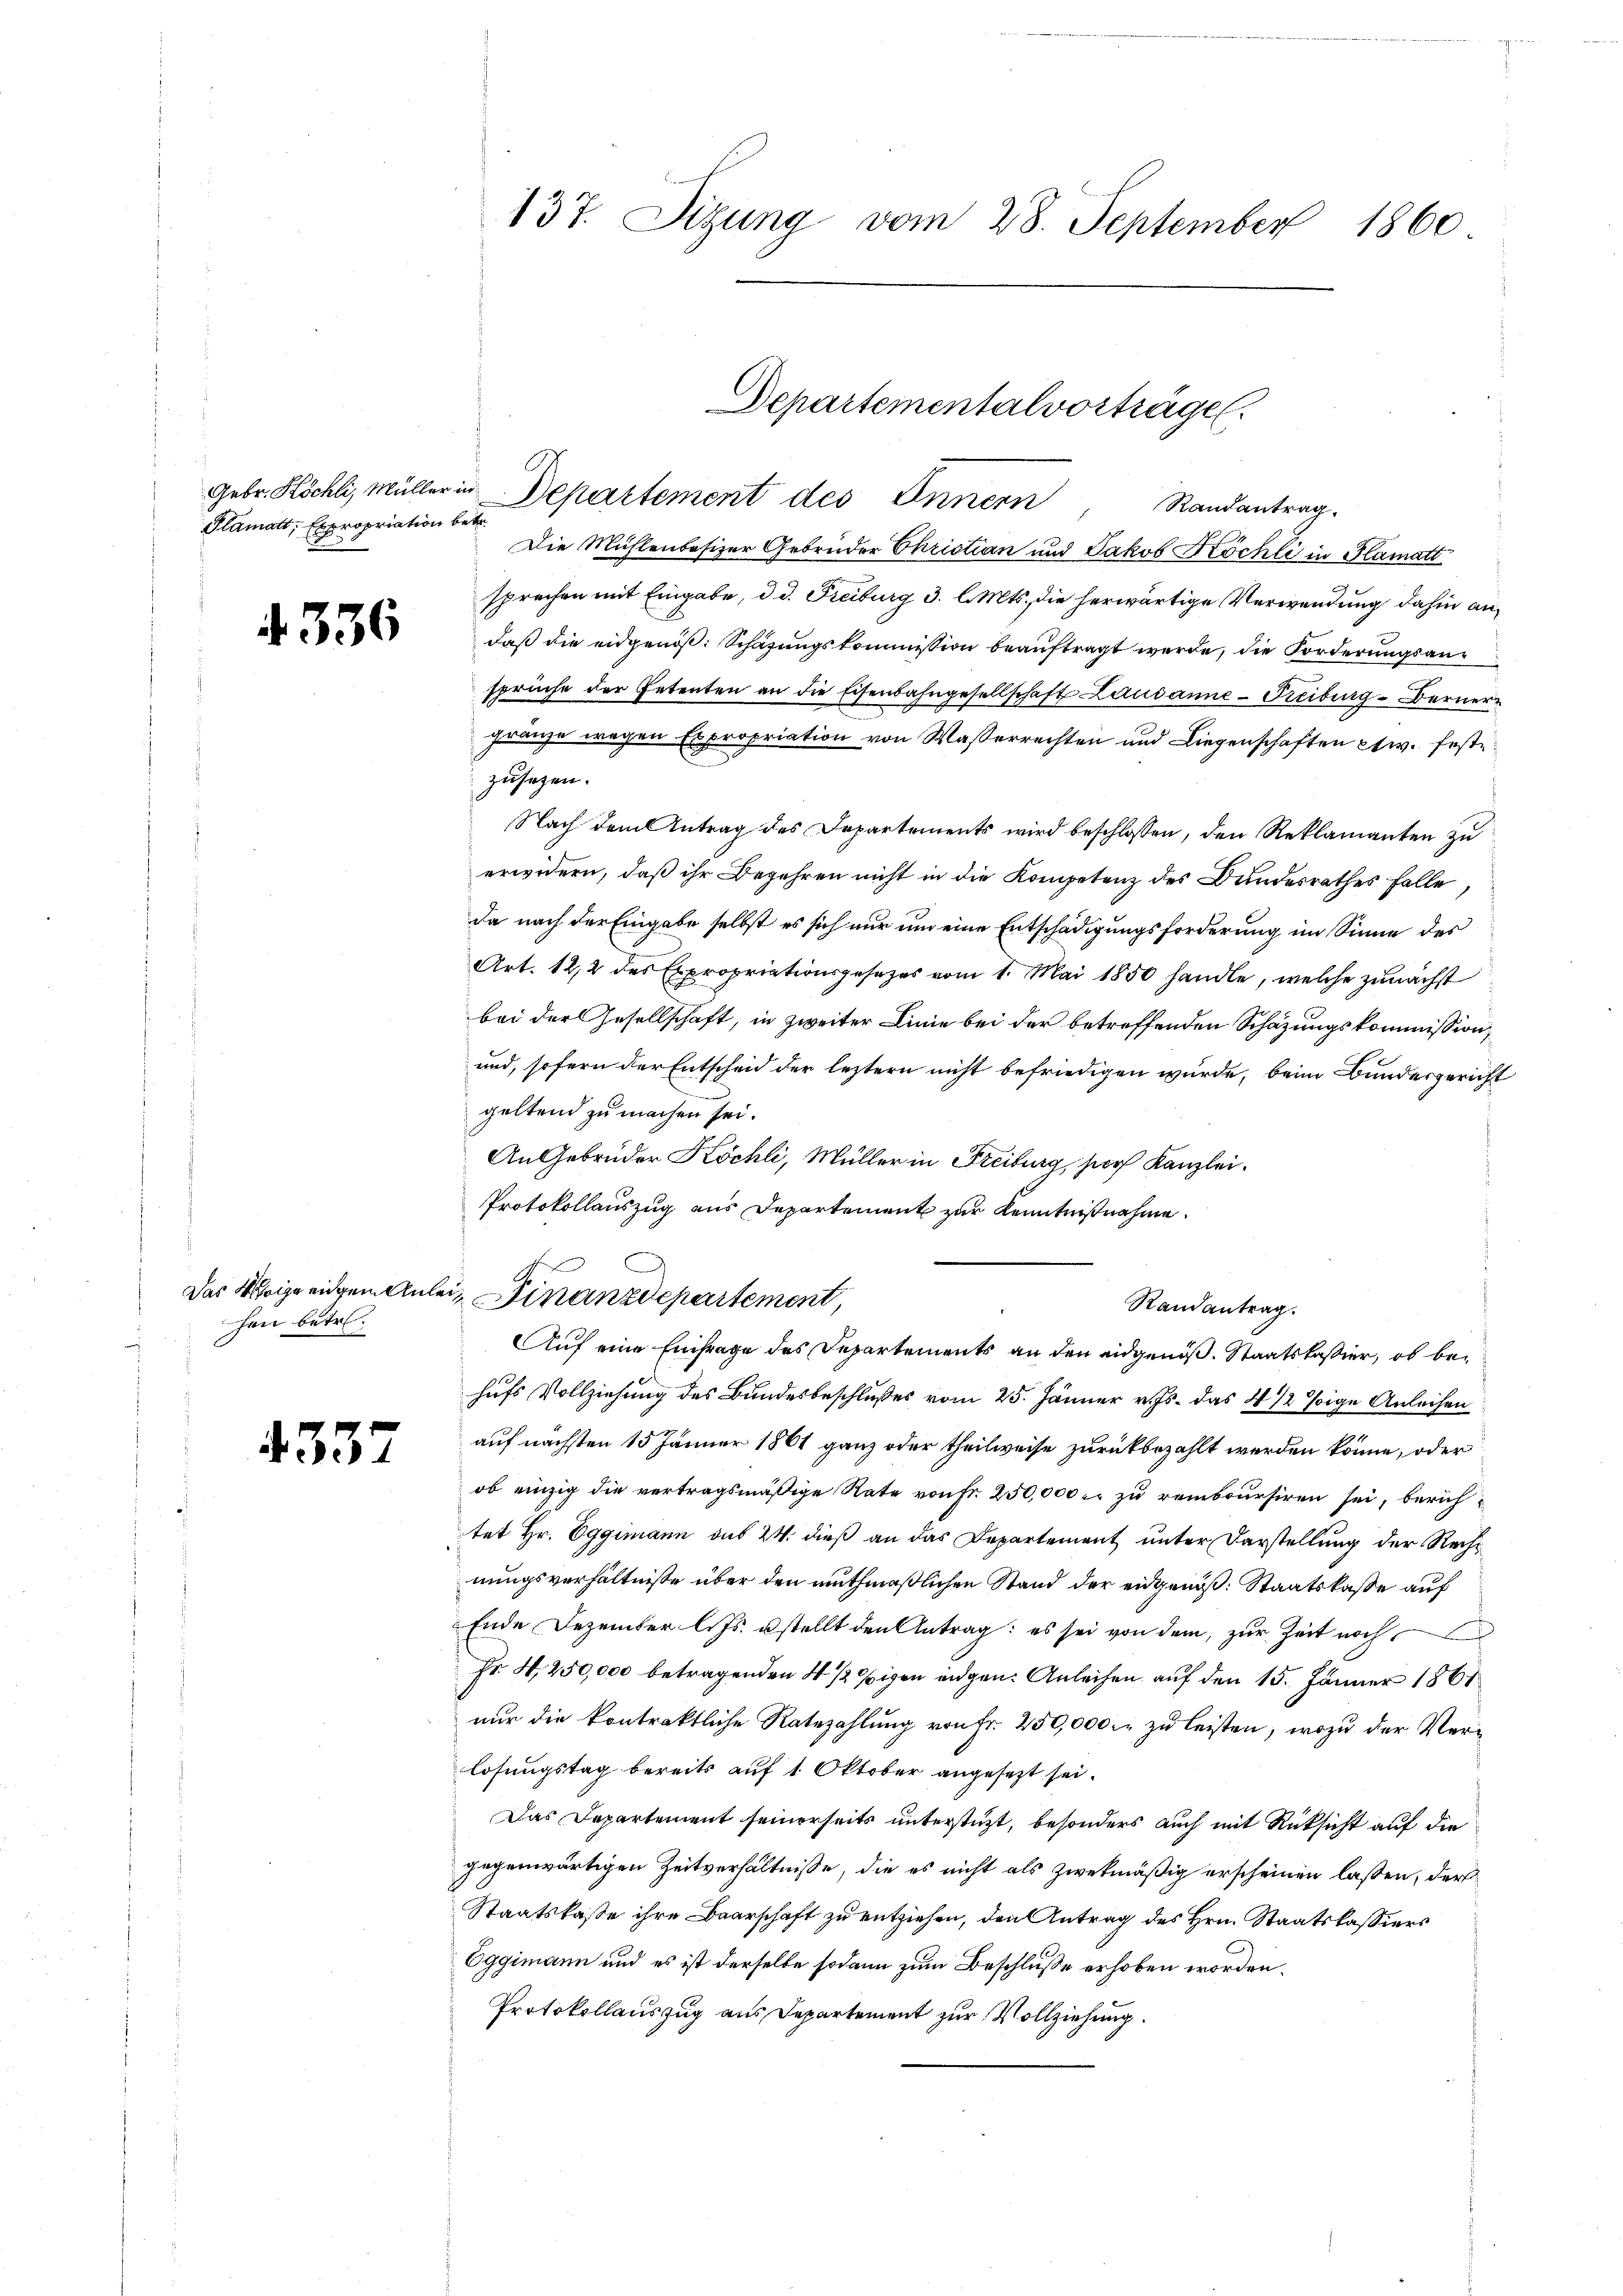
Plamatt, Expropriation betr.

4336

hen betr.

4337

Gebr. Köchli, Müller in Departement des Innern
Randantrag.
Die Mühlenbesizer Gebrüder Christian und Jakob Köchli in Plamatt
sprechen mit Eingabe, d. d. Freiburg 3. l. Mts. die herwärtige Verwendung dahin andaß die eidgenöß: Schazungskommission beauftragt werde, die Forderungsansprüche der Petenten an die Eisenbahngesellschaft Lausanne - Freiburg - Berner
gränze wegen Expropriation von Wasserrechten und Liegenschaften etw. feste
zusezen.
Nach dem Antrag des Departements wird beschlossen, den Reklamanten zu
erwidern, daß ihr Begehren nicht in die Kompetenz des Bundesrathes falle
da nach der Eingabe selbst es sich nur um eine Entschädigungsforderung im Sinne des
Art. 122 des Expropriationsgesetzes vom 1. Mai 1850 handle, welche zunächst
bei der Gesellschaft, in zweiter Linie bei der betreffenden Schazungskommission,
und, sofern der Entscheid der leztern nicht befriedigen wurde, beim Bundesgericht
geltend zu machen sei.
An Gebrüder Köchli, Müller in Freiburg, sors Kanzlei.
Protokollauszug aus Departement zur Kenntnißnahme.
Das Weige eigen Anlein Finanzdepartement,
Randantrag.
Auf eine Einfrage des Departements an den eidgenöß. Staatskassier, ob behufs Vollziehung des Bundesbeschlußes vom 25. Jänner v. Js. das 4 1/2 sige Anleihen
auf nächsten 15 Jänner 1861 ganz oder theilweise zurückbezahlt werden könne, oder
ob einzig die vertragsmäßige Rate von Fr. 250,000 u. zu remboursiren sei, berichtet Hr. Eggimann aus 24. dieß an das Departement unter Darstellung der Rechnungsverhältnisse über den muthmaßlichen Stand der eidgenöß: Staatskasse auf
Ende Dezember l. Js. stellt den Antrag: es sei von dem, zŭr Zeit noch
Fr. 4. 250,000 betragenden 4 1/2 Eigen eidgen. Anleihen auf den 15. Jänner 1861
nur die kontraktliche Ratezahlung von Fr. 250,000 M. zu leisten, wozu der Verlösungstag bereits auf 1. Oktober angesezt sei.
Das Departement seinerseits unterstüzt, besonders auch mit Rücksicht auf die
gegenwärtigen Zeitverhältnisse, die es nicht als zwekmäßig erscheinen lassen, der
Staatskasse ihre Baarschaft zu entziehen, den Antrag des Hrn. Staatskassiers
Eggimann und es ist derselbe sodann zum Beschluße erhoben worden.
Protokollauszug aus Departement zur Vollziehung.

137. Sizung vom 28. September 1860

Departementalvorträge.